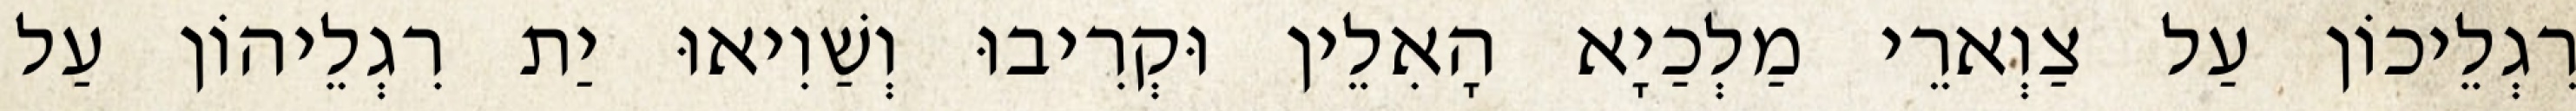
רִגְלֵיכוֹן עַל צַוְארֵי מַלְכַיָא הָאִלֵין וּקְרִיבוּ וְשַׁוִיאוּ יַת רִגְלֵיהוֹן עַל